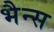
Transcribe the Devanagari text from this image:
भैन्स